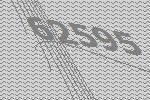
62595